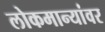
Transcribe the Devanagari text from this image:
लोकमान्यांवर